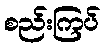
စည်းကြပ်